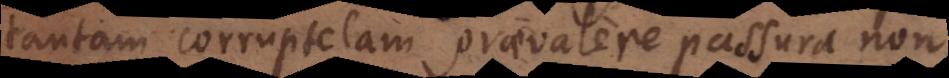
tantam corruptelam praevalere passura non